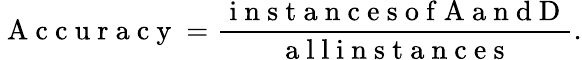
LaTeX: \mathrm{~A~c~c~u~r~a~c~y~}=\frac{\mathrm{~i~n~s~t~a~n~c~e~s~o~f~A~a~n~d~D~}}{\mathrm{~a~l~l~i~n~s~t~a~n~c~e~s~}}.